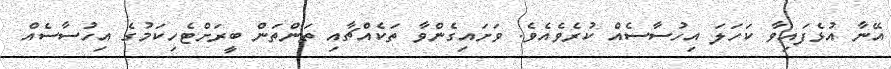
އޭނާ އުޅެފައިވާ ކަހަލަ އިހުސާސެއް ކުރެވެއެވެ. ވަށައިގެންވާ ތަކެއްޗާއި ތަންތަން ބީރަށްޓެހިކަމުގެ އިހުސާސެއް